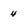
Character: 4